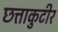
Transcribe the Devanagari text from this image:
छत्ताकुटीर